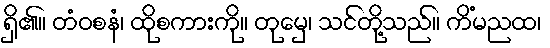
ရှိ၏။ တံဝစနံ၊ ထိုစကားကို။ တုမှေ၊ သင်တို့သည်။ ကိံမညထ၊